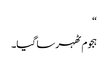
“
ہجوم ٹھہر سا گیا۔